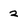
Character: 2